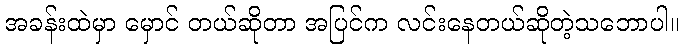
အခန်းထဲမှာ မှောင် တယ်ဆိုတာ အပြင်က လင်းနေတယ်ဆိုတဲ့သဘောပါ။